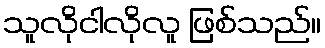
သူလိုငါလိုလူ ဖြစ်သည်။